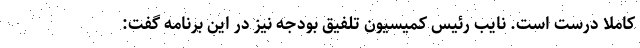
کاملا درست است. نایب رئیس کمیسیون تلفیق بودجه نیز در این برنامه گفت: